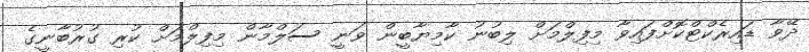
ދޭވާ ޑައިރެކްޓްކޮށްފައިވާ މިފިލްމަށް ލިބުނު ކާމިޔާބީން ވަނީ ސަލްމާން މިފިލްމަށް ކުރި ގުރުބާނީގެ